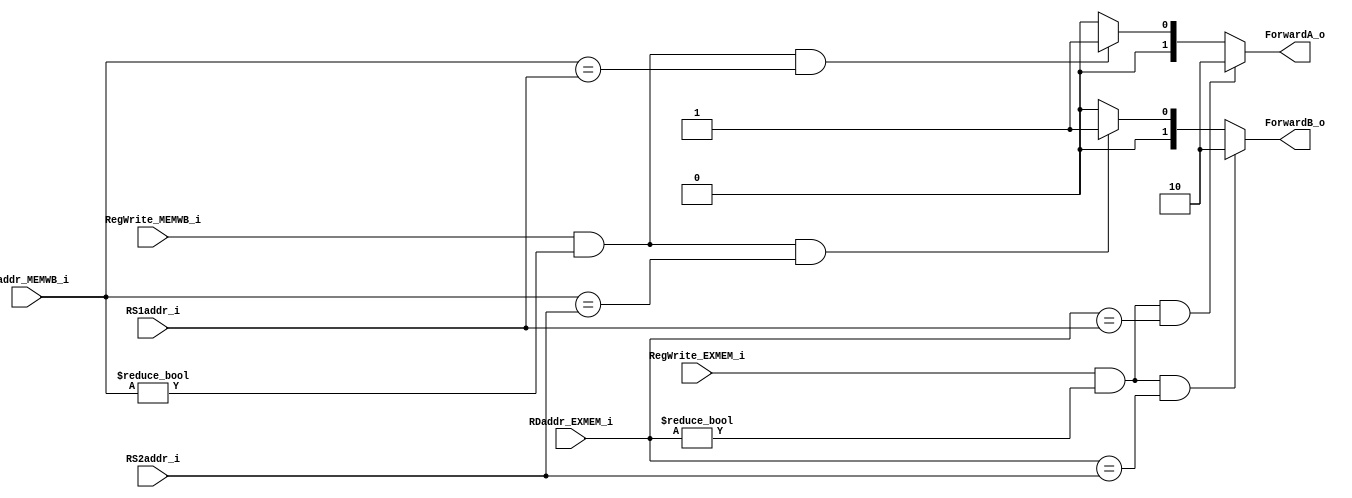
module Forwarding_Unit(
    RS1addr_i,
    RS2addr_i,
    RDaddr_EXMEM_i,
    RegWrite_EXMEM_i,
    RDaddr_MEMWB_i,
    RegWrite_MEMWB_i,
    ForwardA_o,
    ForwardB_o
);

// Ports
input        RegWrite_EXMEM_i, RegWrite_MEMWB_i;
input  [4:0] RDaddr_EXMEM_i, RDaddr_MEMWB_i, RS1addr_i, RS2addr_i;
output [1:0] ForwardA_o, ForwardB_o;
/*
if (EX/MEM.RegWrite
and (EX/MEM.RegisterRd != 0)
and (EX/MEM.RegisterRd == ID/EX.RegisterRs1)) ForwardA = 10
*/
wire cA1 = RegWrite_EXMEM_i & (RDaddr_EXMEM_i != 5'b0) & (RDaddr_EXMEM_i == RS1addr_i);
wire cB1 = RegWrite_EXMEM_i & (RDaddr_EXMEM_i != 5'b0) & (RDaddr_EXMEM_i == RS2addr_i);

/*
if (MEM/WB.RegWrite
and (MEM/WB.RegisterRd != 0)
and not(EX/MEM.RegWrite and (EX/MEM.RegisterRd != 0)
and (EX/MEM.RegisterRd == ID/EX.RegisterRs1))
and (MEM/WB.RegisterRd == ID/EX.RegisterRs1)) ForwardA = 01
*/
wire cA2 = RegWrite_MEMWB_i & (RDaddr_MEMWB_i != 5'b0) & (RDaddr_MEMWB_i == RS1addr_i);
wire cB2 = RegWrite_MEMWB_i & (RDaddr_MEMWB_i != 5'b0) & (RDaddr_MEMWB_i == RS2addr_i);

wire [1:0] tmpA = cA2 ? 2'b01 : 2'b00;
assign ForwardA_o = cA1 ? 2'b10 : tmpA;
wire [1:0] tmpB = cB2 ? 2'b01 : 2'b00;
assign ForwardB_o = cB1 ? 2'b10 : tmpB;
endmodule